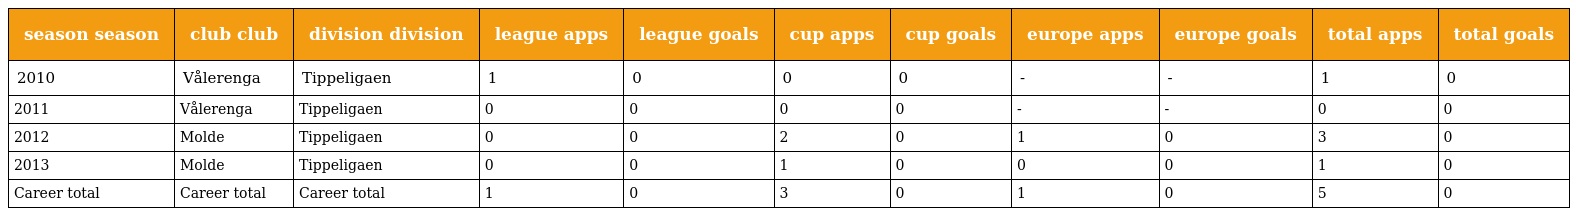
| season season | club club | division division | league apps | league goals | cup apps | cup goals | europe apps | europe goals | total apps | total goals |
 | --- | --- | --- | --- | --- | --- | --- | --- | --- | --- | --- |
 | 2010 | Vålerenga | Tippeligaen | 1 | 0 | 0 | 0 | - | - | 1 | 0 |
 | 2011 | Vålerenga | Tippeligaen | 0 | 0 | 0 | 0 | - | - | 0 | 0 |
 | 2012 | Molde | Tippeligaen | 0 | 0 | 2 | 0 | 1 | 0 | 3 | 0 |
 | 2013 | Molde | Tippeligaen | 0 | 0 | 1 | 0 | 0 | 0 | 1 | 0 |
 | Career total | Career total | Career total | 1 | 0 | 3 | 0 | 1 | 0 | 5 | 0 |